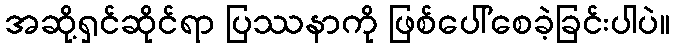
အဆို့ရှင်ဆိုင်ရာ ပြဿနာကို ဖြစ်ပေါ်စေခဲ့ခြင်းပါပဲ။